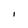
Character: I